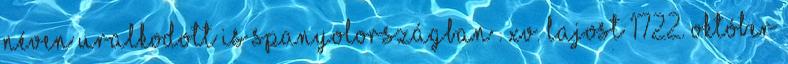
néven uralkodott is Spanyolországban . XV. Lajost 1722. október